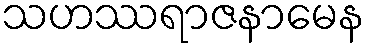
သဟဿရာဇနာမေန